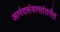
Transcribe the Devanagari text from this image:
आनंदसंवत्सांतर्गत